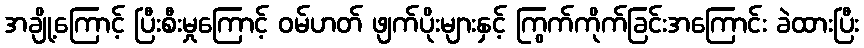
အချို့ကြောင့် ပြီးစီးမှုကြောင့် ဝမ်ဟတ် ဖျက်ပိုးများနှင့် ကြွက်ကိုက်ခြင်းအကြောင်း ခဲထားပြီး